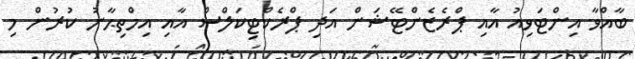
ބާއްވާ އިންޓަވިއު އާއި ޕްރެޒެންޓޭޝަން އަދި ޕްރެކްޓިކަލްސް އާއި އިމްތިޙާނު ކުރުން މި